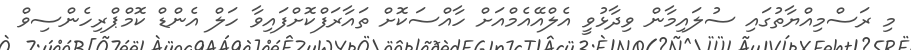
މި ރަސްމިއްޔާތުގައި ސުލައިމާން ވިދާޅުވީ އެލްއޭއެމްއަށް ހާއްސަކޮށް ތައާރަފްކޮށްފައިވާ ހަލް އެންޑް ކޮމްޕްރިހެންސިވް